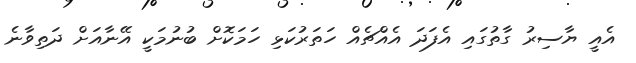
އެއީ ޔާސިރު ގާތުގައި އެފަދަ އެއްޗެއް ހަތަރުކަޅި ހަމަކޮށް ބުނުމަކީ އޭނާއަށް ދަތިވާނެ